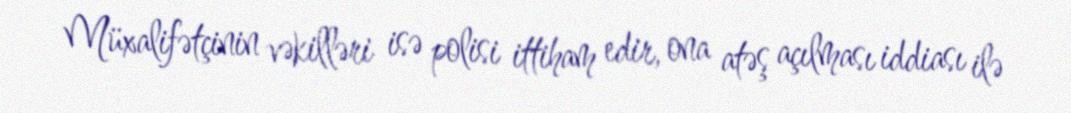
Müxalifətçinin vəkilləri isə polisi ittiham edir, ona atəş açılması iddiası ilə